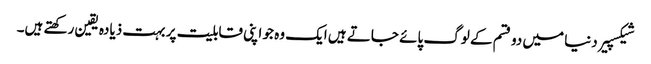
شیکسپیر دنیا میں دو قسم کے لوگ پائے جاتے ہیں ایک وہ جو اپنی قابلیت پر بہت ذیادہ یقین رکھتے ہیں۔